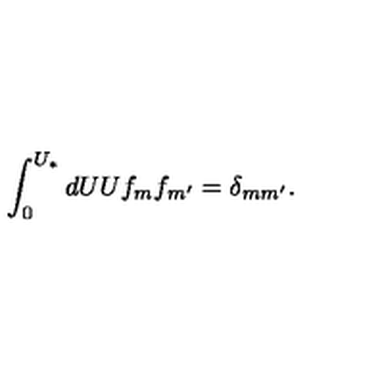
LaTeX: \int _ { 0 } ^ { U _ { * } } d U U f _ { m } f _ { m ^ { \prime } } = \delta _ { m m ^ { \prime } } .